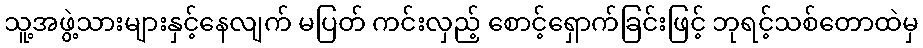
သူ့အဖွဲ့သားများနှင့်နေလျက် မပြတ် ကင်းလှည့် စောင့်ရှောက်ခြင်းဖြင့် ဘုရင့်သစ်တောထဲမှ